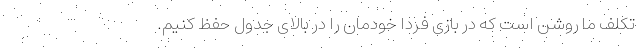
تکلف ما روشن است که در بازی فردا خودمان را در بالای جدول حفظ کنیم.